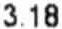
3.18